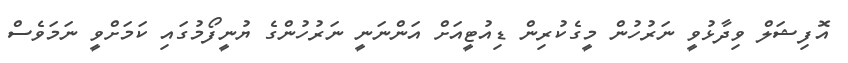
އޮފިޝަލް ވިދާޅުވީ ނަރުހުން މީގެކުރިން ޑިއުޓީއަށް އަންނަނީ ނަރުހުންގެ ޔުނީފޯމުގައި ކަމަށްވީ ނަމަވެސް